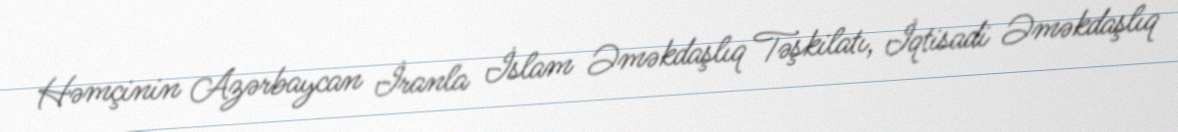
Həmçinin Azərbaycan İranla İslam Əməkdaşlıq Təşkilatı, İqtisadi Əməkdaşlıq